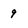
Character: 9